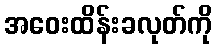
အဝေးထိန်းခလုတ်ကို